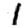
Digit: 1